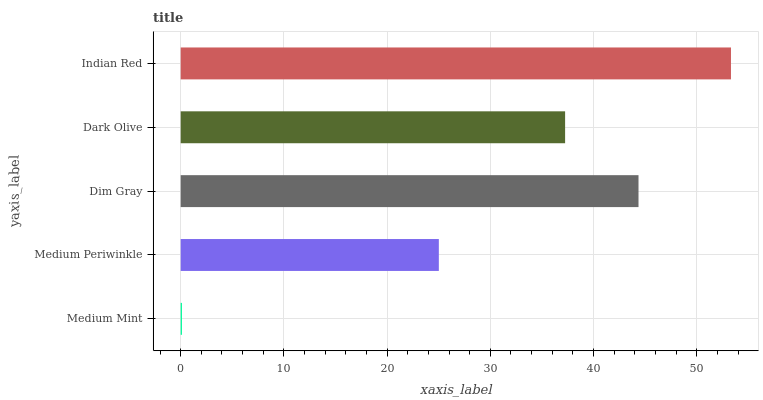
| yaxis_label | bars |
 | --- | --- |
 | Medium Mint | 0.122 |
 | Medium Periwinkle | 25 |
 | Dim Gray | 44.4 |
 | Dark Olive | 37.2 |
 | Indian Red | 53.3 |